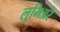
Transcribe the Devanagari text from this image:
लुमिअरे